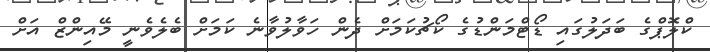
ކްލޮޕްގެ ބަދަލުގައި ޑޯޓްމަންޑުގެ ކޯޗުކަމަށް ދެން ހަވާލުވާނެ ކަމަށް ބެލެވެނީ މޭއިންޒް އަށް